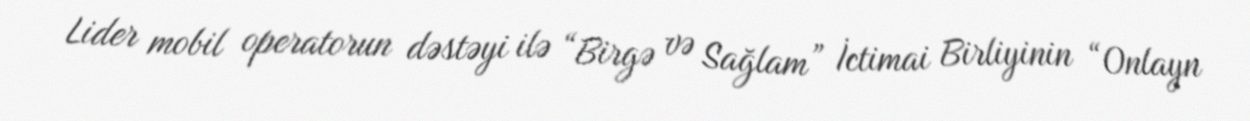
Lider mobil operatorun dəstəyi ilə “Birgə və Sağlam” İctimai Birliyinin “Onlayn